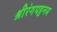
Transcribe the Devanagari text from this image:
श्रीरंगपट्टनम